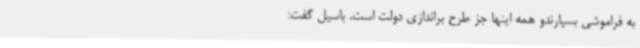
به فراموشی بسپارندو همه اینها جز طرح براندازی دولت است. باسیل گفت: